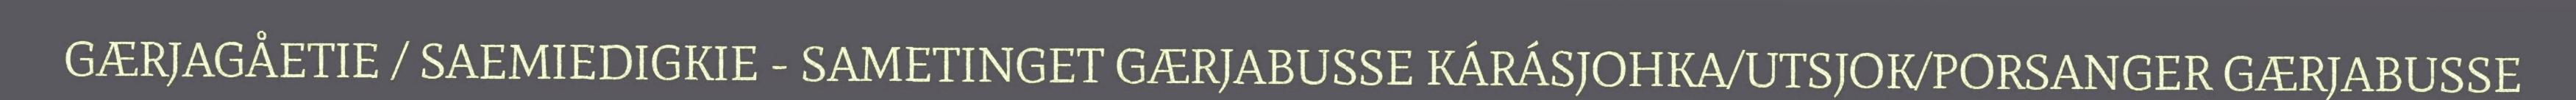
GÆRJAGÅETIE / SAEMIEDIGKIE - SAMETINGET GÆRJABUSSE KÁRÁSJOHKA/UTSJOK/PORSANGER GÆRJABUSSE